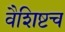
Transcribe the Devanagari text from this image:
वैशिष्टच